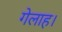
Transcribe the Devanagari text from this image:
गेलाह।